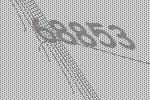
68853